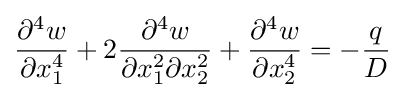
{\frac {\partial ^{4}w}{\partial x_{1}^{4}}}+2{\frac {\partial ^{4}w}{\partial x_{1}^{2}\partial x_{2}^{2}}}+{\frac {\partial ^{4}w}{\partial x_{2}^{4}}}=-{\frac {q}{D}}